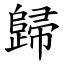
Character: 歸